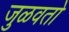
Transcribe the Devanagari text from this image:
जुळवतो